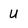
Character: U